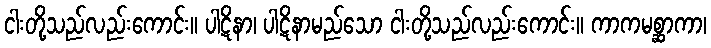
ငါးတို့သည်လည်းကောင်း။ ပါဋိနာ၊ ပါဋိနာမည်သော ငါးတို့သည်လည်းကောင်း။ ကာကမစ္ဆာကာ၊